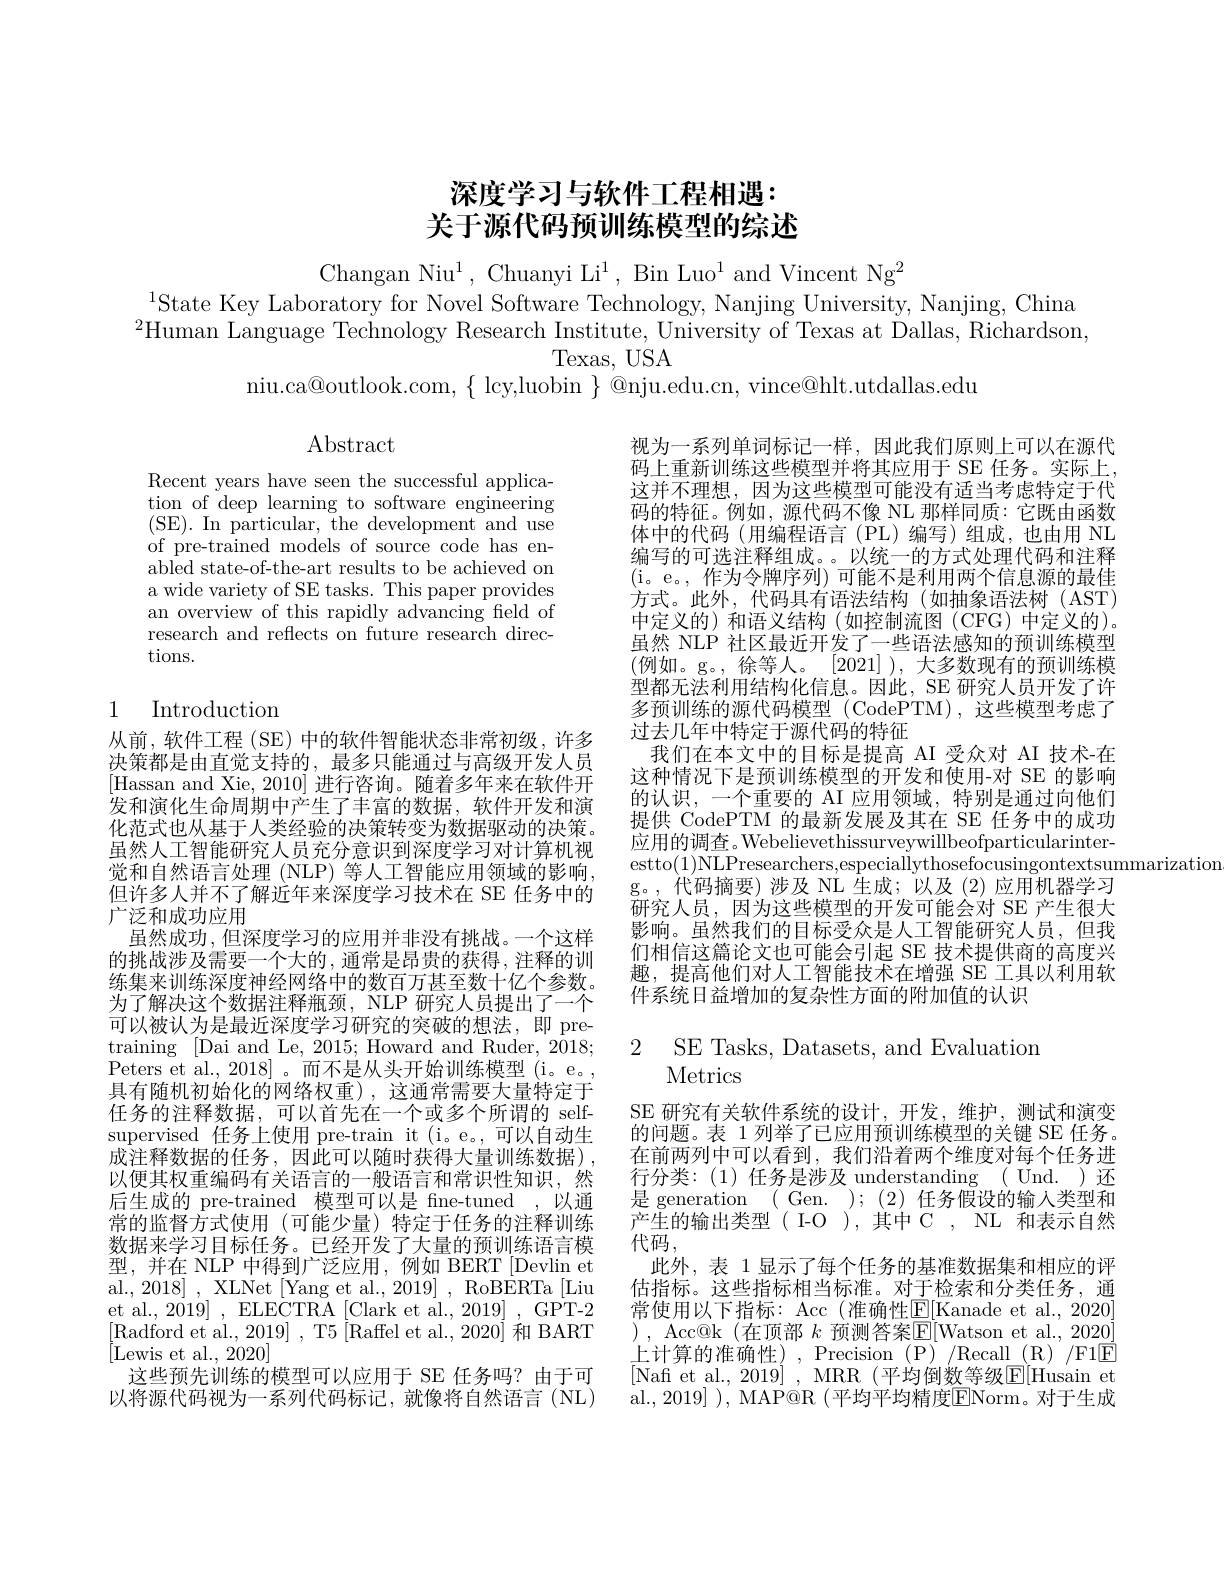
# 深度学习与软件工程相遇： 关于源代码预训练模型的综述

Changan Niu$^1$, Chuanyi Li$^1$, Bin Luo$^1$ and Vincent Ng$^2$
$^{1}$State Key Laboratory for Novel Software Technology, Nanjing University, Nanjing, China $^{2}$Human Language Technology Research Institute, University of Texas at Dallas, Richardson,
Texas, USA
$niu.ca@outlook.com,~\{~lcy,luobin~\}~@nju.edu.cn,~vince@hlt.utdallas.edu$

$\operatorname{Abstract}$

Recent years have seen the successful application of deep learning to software engineering (SE).In${\mathrm{~particular,~the~development~and~use}}$ of pre-trained models of source code has enabled state-of-the-art results to be achieved on a wide variety of SE tasks. This paper provides an overview of this rapidly advancing feld of research and reflects on future research directions.

## 1 Introduction

视为一系列单词标记一样，因此我们原则上可以在源代码上重新训练这些模型并将其应用于 SE 任务。实际上这并不理想，因为这些模型可能没有适当考虑特定于代码的特征。例如，源代码不像 NL 那样同质：它既由函数体中的代码(用编程语言(PL)编写)组成，也由用 NL 编写的可选注释组成。。以统一的方式处理代码和注释(i。e。,作为令牌序列)可能不是利用两个信息源的最佳方式。此外，代码具有语法结构(如抽象语法树(AST) 中定义的)和语义结构(如控制流图(CFG)中定义的)。虽然 NLP 社区最近开发了一些语法感知的预训练模型(例如。g。,徐等人。[2021]),大多数现有的预训练模型都无法利用结构化信息。因此，SE 研究人员开发了许多预训练的源代码模型 (CodePTM),这些模型考虑了过去几年中特定于源代码的特征
我们在本文中的目标是提高 AI 受众对 AI 技术-在这种情况下是预训练模型的开发和使用-对 SE 的影响的认识，一个重要的 AI 应用领域，特别是通过向他们提供 CodePTM 的最新发展及其在 SE 任务中的成功应用的调查。Webelievethissurveywillbeofparticularinterestto(1)NLPresearchers,especiallythosefocusingontextsummarization
g。,代码摘要)涉及 NL 生成；以及(2)应用机器学习研究人员，因为这些模型的开发可能会对 SE 产生很大影响。虽然我们的目标受众是人工智能研究人员，但我们相信这篇论文也可能会引起 SE 技术提供商的高度兴趣，提高他们对人工智能技术在增强 SE 工具以利用软件系统日益增加的复杂性方面的附加值的认识

广泛和成功应用
虽然成功，但深度学习的应用并非没有挑战。一个这样

2 SE Tasks. Datasets, and Evaluatiom
# Metrics

从前，软件工程(SE)中的软件智能状态非常初级，许多决策都是由直觉支持的，最多只能通过与高级开发人员[Hassan and Xie, 2010] 进行咨询。随着多年来在软件开发和演化生命周期中产生了丰富的数据，软件开发和演化范式也从基于人类经验的决策转变为数据驱动的决策。虽然人工智能研究人员充分意识到深度学习对计算机视觉和自然语言处理 (NLP) 等人工智能应用领域的影响， 但许多人并不了解近年来深度学习技术在 SE 任务中的的挑战涉及需要一个大的，通常是昂贵的获得，注释的训练集来训练深度神经网络中的数百万甚至数十亿个参数。为了解决这个数据注释瓶颈，NLP 研究人员提出了一个可以被认为是最近深度学习研究的突破的想法，即 pretraining [Dai and Le, 2015; Howard and Ruder, 2018; Peters et al., 2018]。而不是从头开始训练模型(i。e。, 具有随机初始化的网络权重),这通常需要大量特定于任务的注释数据，可以首先在一个或多个所谓的 selfsupervised 任务上使用 pre-train it (i。e。,可以自动生成注释数据的任务，因此可以随时获得大量训练数据), 以便其权重编码有关语言的一般语言和常识性知识，然后生成的 pre-trained 模型可以是 fine-tuned ,以通常的监督方式使用 (可能少量)特定于任务的注释训练数据来学习目标任务。已经开发了大量的预训练语言模型，并在 NLP 中得到广泛应用，例如 BERT[Devlin et al., 2018] , XLNet [Yang et al., 2019] , RoBERTa [Liu et al., 2019] , ELECTRA [Clark et al., 2019] , GPT-2 [Radford et al., 2019] , T5 [Raffel et al., 2020] 和 BART [Lewis et al., 2020]
这些预先训练的模型可以应用于 SE 任务吗？由于可以将源代码视为一系列代码标记，就像将自然语言(NL)

SE 研究有关软件系统的设计，开发，维护，测试和演变的问题。表 1 列举了已应用预训练模型的关键 SE 任务。在前两列中可以看到，我们沿着两个维度对每个任务进行分类：(1)任务是涉及 understanding ( Und. )还是 generation ( Gen. ); (2) 任务假设的输入类型和产生的输出类型( I-O ),其中 C , NL 和表示自然代码，
此外，表 1 显示了每个任务的基准数据集和相应的评估指标。这些指标相当标准。对于检索和分类任务，通常使用以下指标：Acc (准确性$\underline{\mathrm{E}}[$Kanade et al.,2020] ) , Acc@ k (在顶部 $k$ 预测答案$\overline{\mathrm{E}}[$Watson et al.,2020] 上计算的准确性),~Precision~(P)~/Recall~(R)~/F1$\boxed{\mathrm{E}}~.$ [Nafi et al., 2019] , MRR (平均倒数等级$\mathbb{E}[$Husain et al. , 2019] ) , MAP@ R ( 平 均 平 均 精 度 ENorm。对 于 生 成